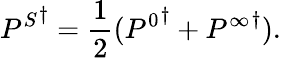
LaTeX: {P^{S}}^{\dagger}=\frac{1}{2}({P^{0}}^{\dagger}+{P^{\infty}}^{\dagger}).